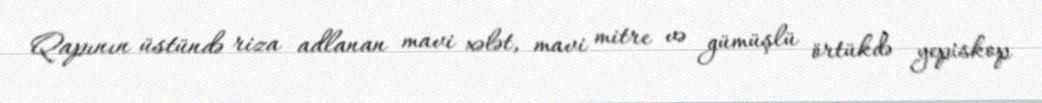
Qapının üstündə riza adlanan mavi xələt, mavi mitre və gümüşlü örtükdə yepiskop